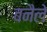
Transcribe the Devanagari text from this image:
बनैले